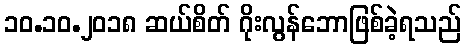
၁၀.၁၀.၂၀၁၈ ဆယ်စိတ် ဂိုးလွန်ဘောဖြစ်ခဲ့ရသည်